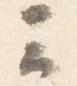
云